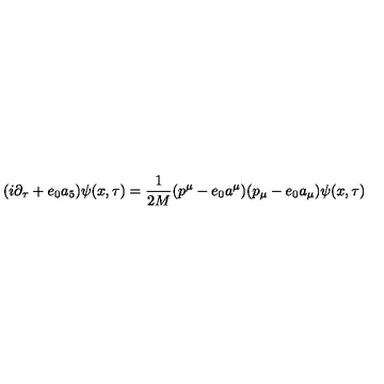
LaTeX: ( i \partial _ { \tau } + e _ { 0 } a _ { 5 } ) \psi ( x , \tau ) = \frac { 1 } { 2 M } ( p ^ { \mu } - e _ { 0 } a ^ { \mu } ) ( p _ { \mu } - e _ { 0 } a _ { \mu } ) \psi ( x , \tau )